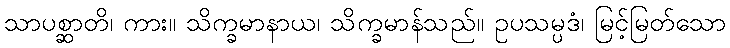
သာပစ္ဆာတိ၊ ကား။ သိက္ခမာနာယ၊ သိက္ခမာန်သည်။ ဥပသမ္ပဒံ၊ မြင့်မြတ်သော